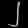
Digit: ၂